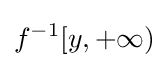
f^{-1}[y,+\infty )